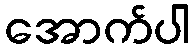
အောက်ပါ